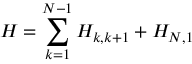
H = \sum _ { k = 1 } ^ { N - 1 } H _ { k , k + 1 } + H _ { N , 1 }